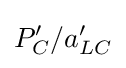
P'_{C}/a'_{LC}